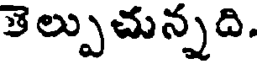
తెల్పుచున్నది.